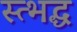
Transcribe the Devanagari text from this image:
स्त्भद्ध